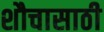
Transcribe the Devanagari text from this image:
शौचासाठी